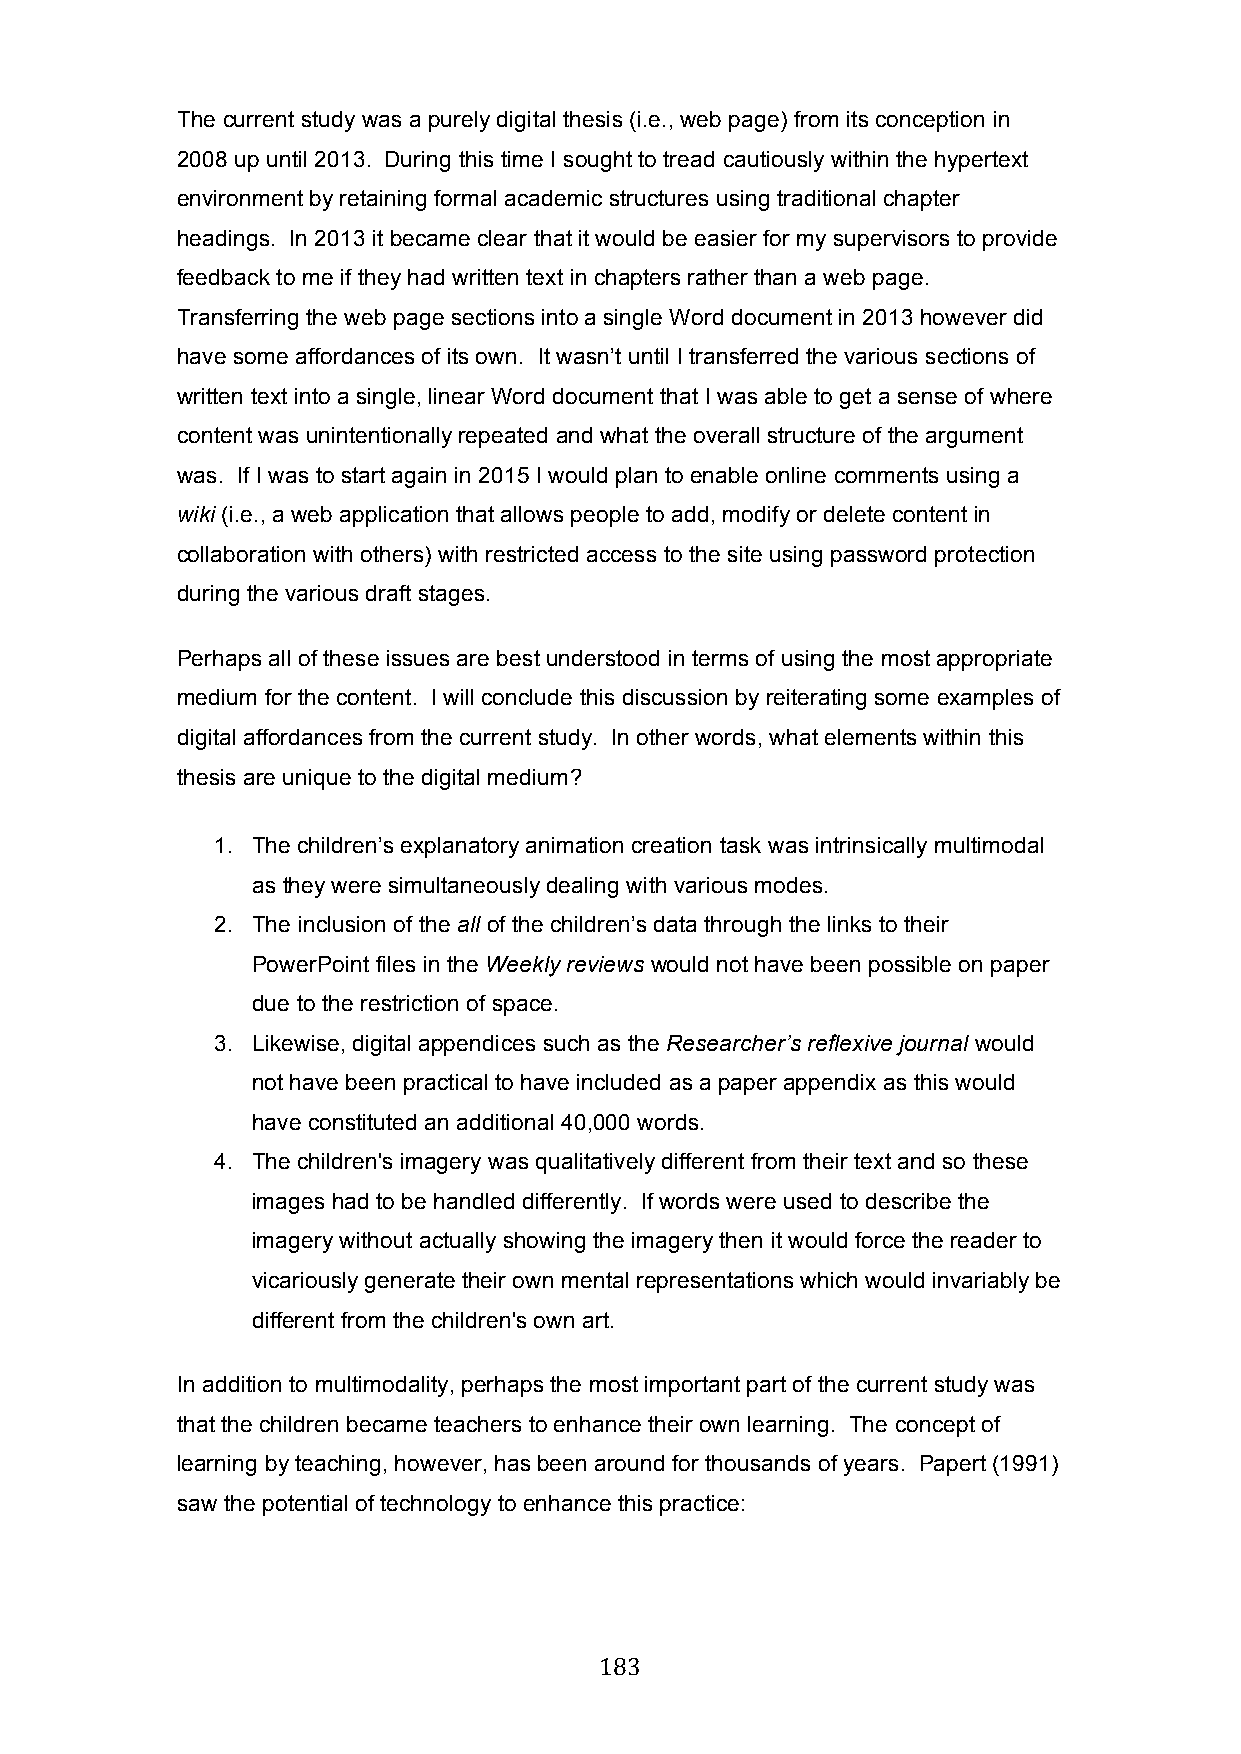
The current study was a purely digital thesis (i.e., web page) from its conception in
 2008 up until 2013. During this time I sought to tread cautiously within the hypertext
 environment by retaining formal academic structures using traditional chapter
 headings. In 2013 it became clear that it would be easier for my supervisors to provide
 feedback to me if they had written text in chapters rather than a web page.
 Transferring the web page sections into a single Word document in 2013 however did
 have some affordances of its own. It wasn’t until I transferred the various sections of
 written text into a single, linear Word document that I was able to get a sense of where
 content was unintentionally repeated and what the overall structure of the argument
 was. If I was to start again in 2015 I would plan to enable online comments using a
 wiki (i.e., a web application that allows people to add, modify or delete content in
 collaboration with others) with restricted access to the site using password protection
 during the various draft stages.
 Perhaps all of these issues are best understood in terms of using the most appropriate
 medium for the content. I will conclude this discussion by reiterating some examples of
 digital affordances from the current study. In other words, what elements within this
 thesis are unique to the digital medium?
 1. The children’s explanatory animation creation task was intrinsically multimodal
 as they were simultaneously dealing with various modes.
 2. The inclusion of the all of the children’s data through the links to their
 PowerPoint files in the Weekly reviews would not have been possible on paper
 due to the restriction of space.
 3. Likewise, digital appendices such as the Researcher’s reflexive journal would
 not have been practical to have included as a paper appendix as this would
 have constituted an additional 40,000 words.
 4. The children's imagery was qualitatively different from their text and so these
 images had to be handled differently. If words were used to describe the
 imagery without actually showing the imagery then it would force the reader to
 vicariously generate their own mental representations which would invariably be
 different from the children's own art.
 In addition to multimodality, perhaps the most important part of the current study was
 that the children became teachers to enhance their own learning. The concept of
 learning by teaching, however, has been around for thousands of years. Papert (1991)
 saw the potential of technology to enhance this practice:
 183